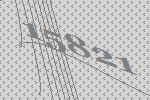
15821